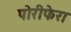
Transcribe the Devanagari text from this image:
पोरीफेरा